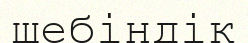
шебіндік